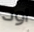
اود